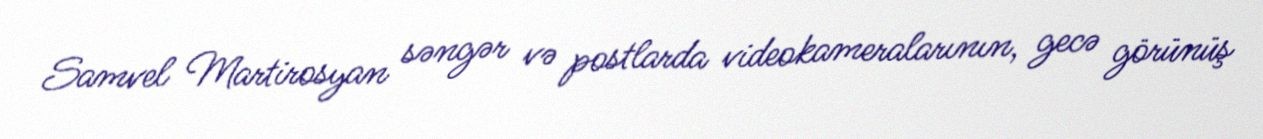
Samvel Martirosyan səngər və postlarda videokameralarının, gecə görünüş